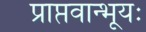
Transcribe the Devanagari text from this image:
प्राप्तवान्भूयः